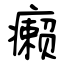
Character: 癞